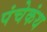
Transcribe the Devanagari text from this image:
पंचेकंथ